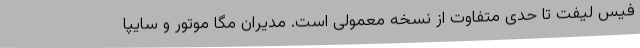
فیس لیفت تا حدی متفاوت از نسخه معمولی است. مدیران مگا موتور و سایپا